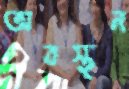
অবস্থন